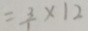
= \frac { 3 } { 1 } \times 1 2